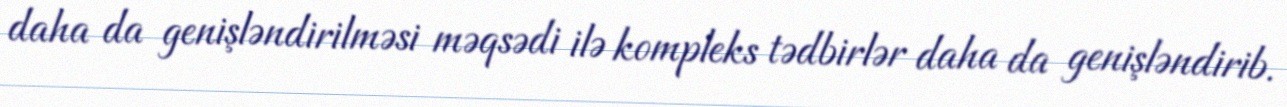
daha da genişləndirilməsi məqsədi ilə kompleks tədbirlər daha da genişləndirib.